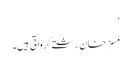
‘
مسز خان رشتے کرواتی ہیں۔